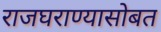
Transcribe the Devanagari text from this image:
राजघराण्यासोबत